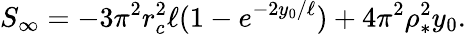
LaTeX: S_{\infty}=-3\pi^{2}r_{c}^{2}\ell(1-e^{-2y_{0}/\ell})+4\pi^{2}\rho_{*}^{2}y_{0}.